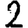
Digit: 2